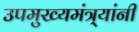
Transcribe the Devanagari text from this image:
उपमुख्यमंत्र्यांनी